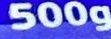
500g